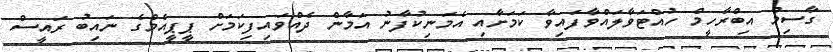
ގާސިމް އިބްރާހީމް ހުއްޓަވާލައްވާފައިވާ ކަމަށާއި އެމަނިކުފާނު އަމާން ދެއްވައިފިކަމަށް ޕީޕީއެމްގެ ނައިބު ރައީސް